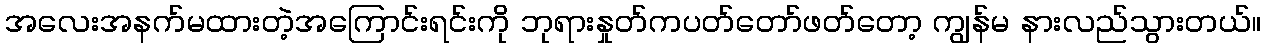
အလေးအနက်မထားတဲ့အကြောင်းရင်းကို ဘုရားနှုတ်ကပတ်တော်ဖတ်တော့ ကျွန်မ နားလည်သွားတယ်။